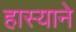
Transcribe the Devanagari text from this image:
हास्याने